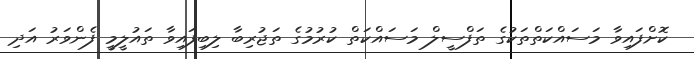
ކޮށްފައިވާ މަސައްކަތްތަކުގެ ތަފްސީލް މަސައްކަތް ކުރުމުގެ ތަޖުރިބާ ލިބިފައިވާ ތައުލީމީ ފެންވަރު އަދި